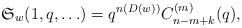
LaTeX: \begin{gather*}\mathfrak{S}_{w}(1,q,\ldots)= q^{n(D(w))} C_{n-m+k}^{(m)}(q),\end{gather*}